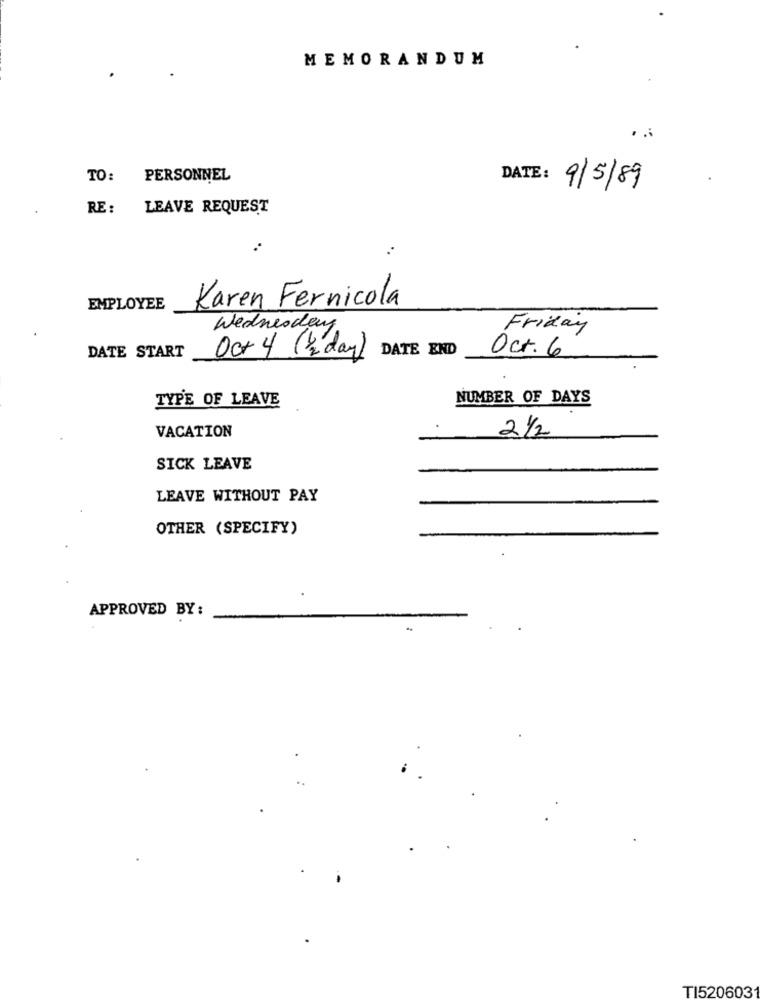
MEMORANDUM
TO: PERSONNEL
DATE: 9/5/89
RE:
LEAVE REQUEST
EMPLOYEE
Karen Fernicola
Wednesday
Friday
DATE END
DATE START
Oc+ 4 (2 day)
Oct.6
TYPE OF LEAVE
NUMBER OF DAYS
21/2
VACATION
SICK LEAVE
LEAVE WITHOUT PAY
OTHER (SPECIFY)
APPROVED BY :
TI5206031